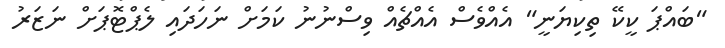
"ބައްޕަ ކީކޭ ތިކިޔަނީ" އެއްވެސް އެއްޗެއް ވިސްނުނު ކަމަށް ނަހަދައި ލެޕްޓޮޕަށް ނަޒަރު